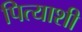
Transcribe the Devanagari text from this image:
पित्याशी